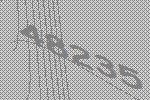
48235